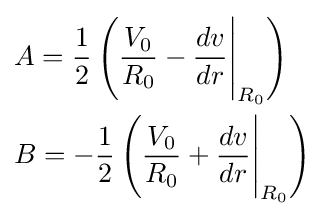
{\begin{aligned}&A={\frac {1}{2}}\left({\frac {V_{0}}{R_{0}}}-{\frac {dv}{dr}}{\Bigg \vert }_{R_{0}}\right)\\&B=-{\frac {1}{2}}\left({\frac {V_{0}}{R_{0}}}+{\frac {dv}{dr}}{\Bigg \vert }_{R_{0}}\right)\\\end{aligned}}